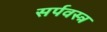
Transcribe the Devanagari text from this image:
सर्पवस्त्र